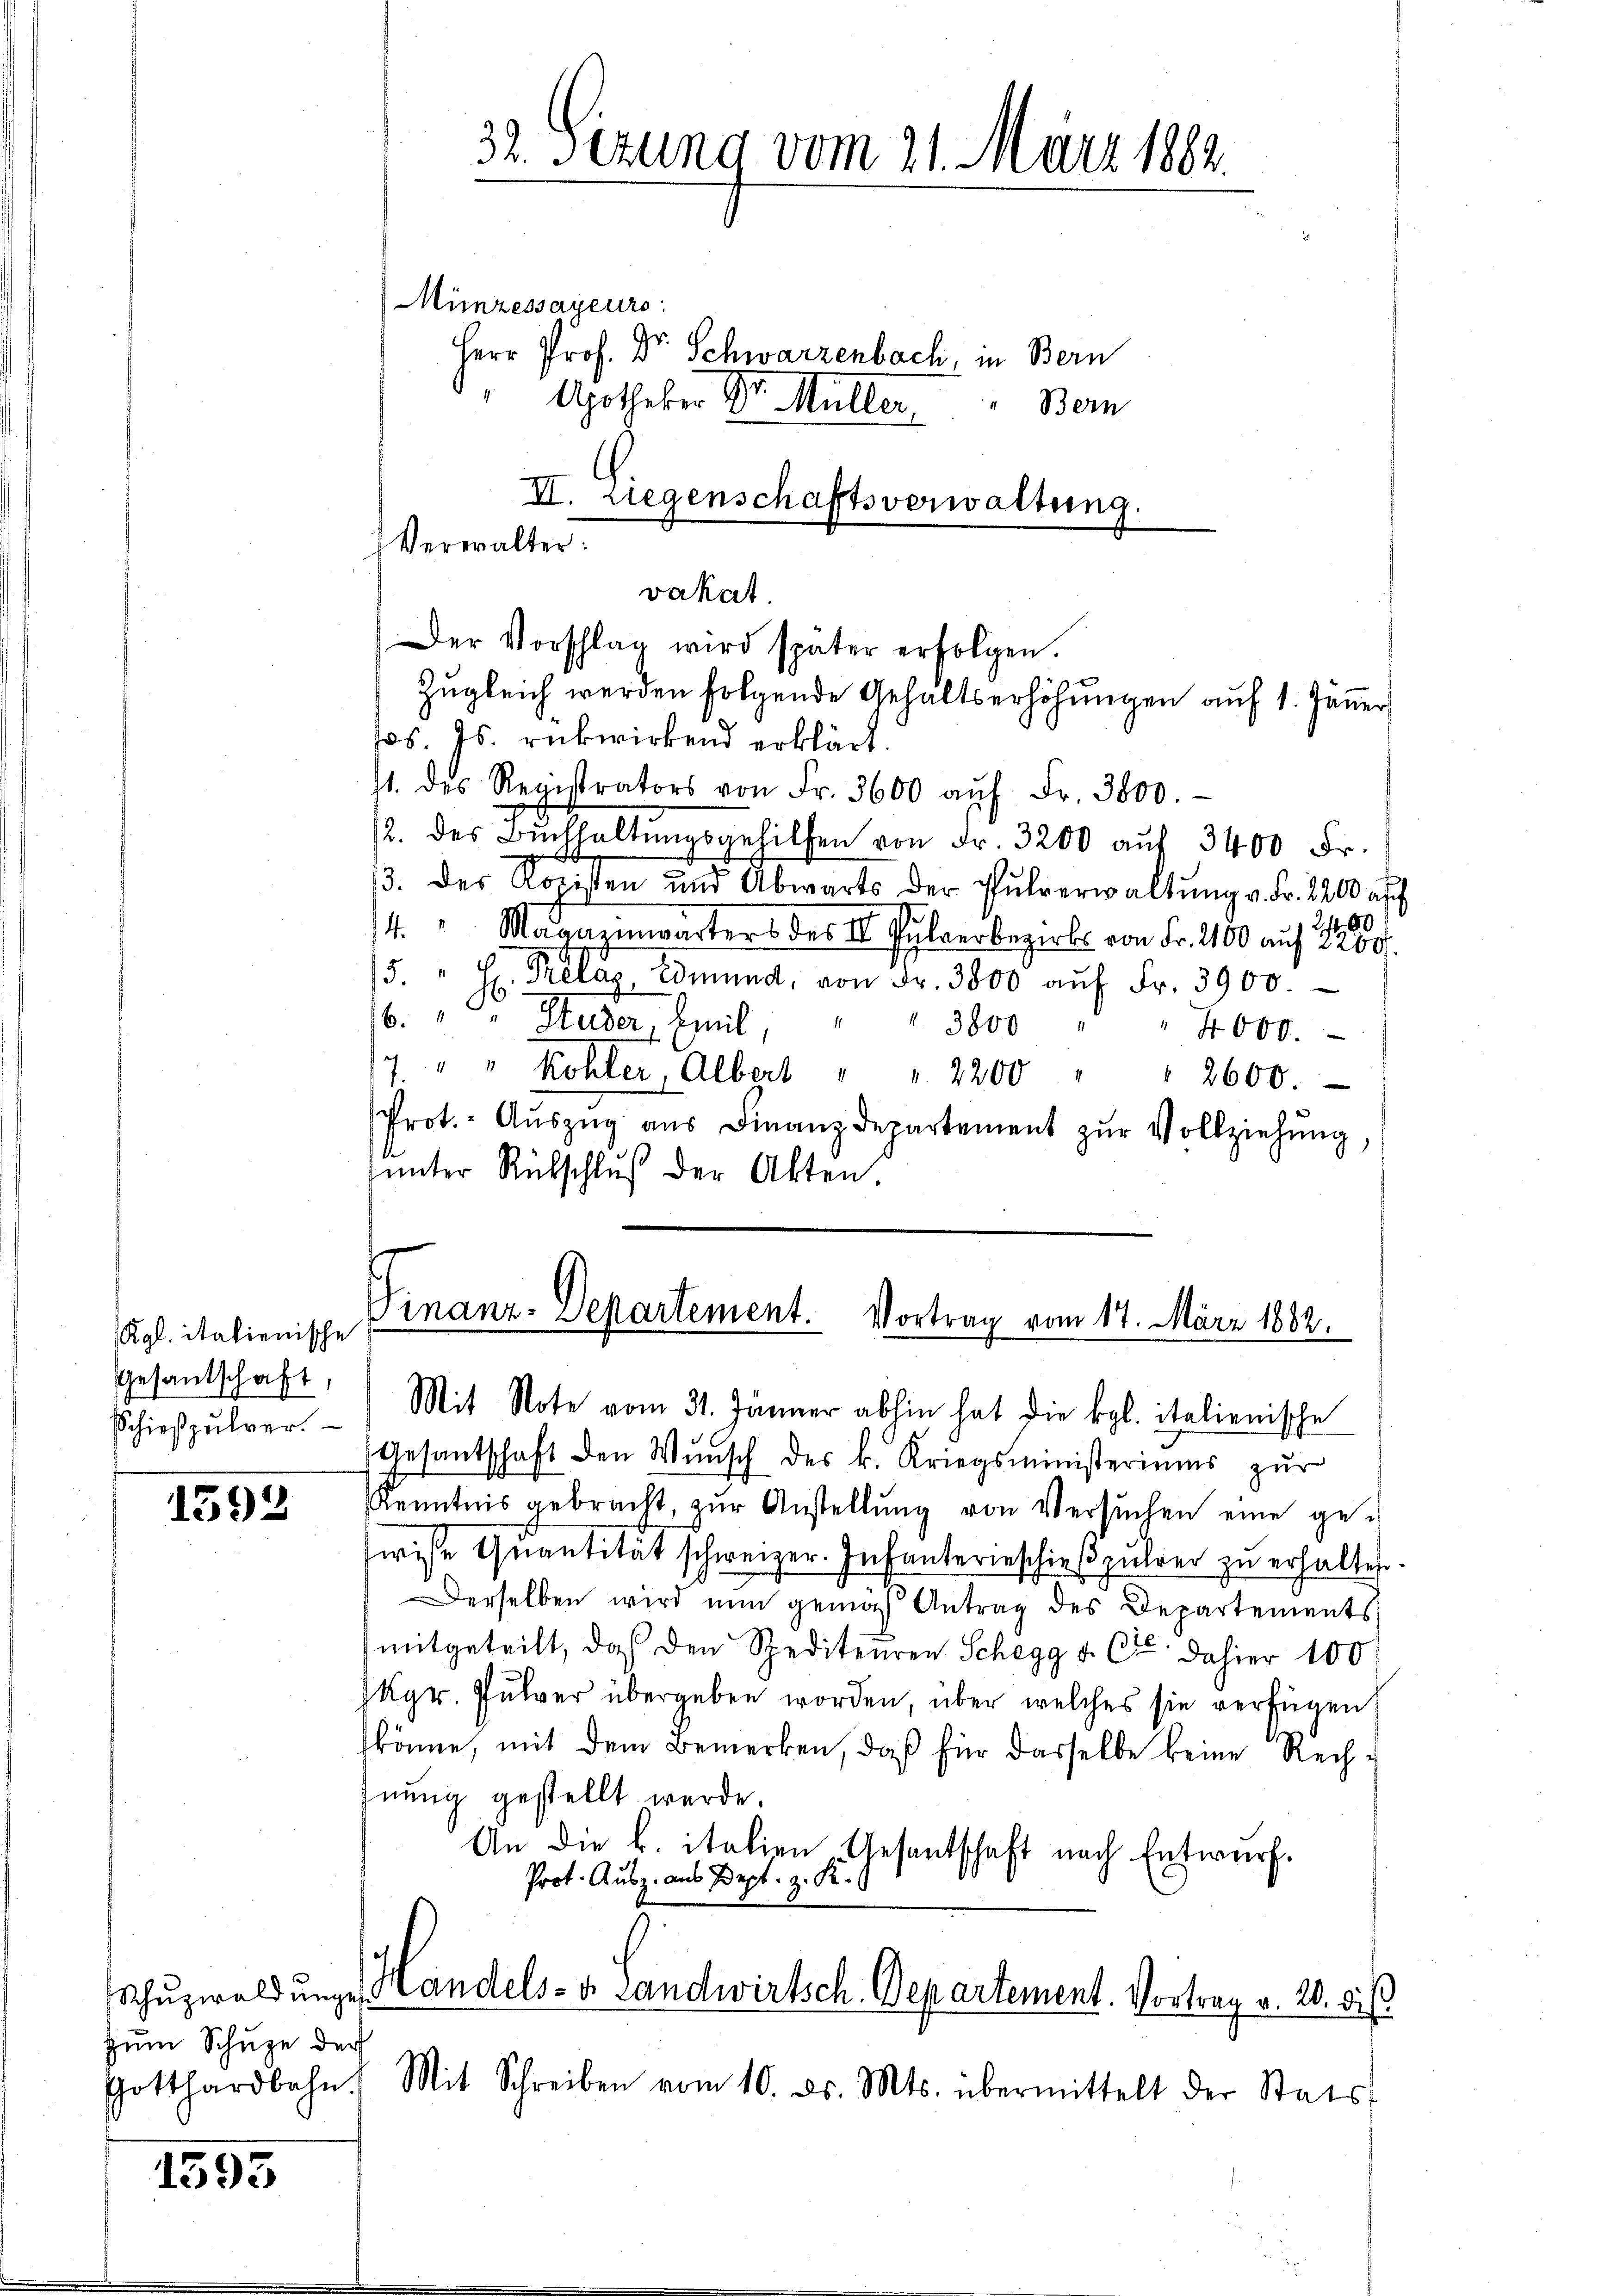
Kgl. italienische
Gesantschaft
Schießpulver.

1592

zum Schuze der

1595

Verwalter:
vakat.

Minzessayeurs:
Herr Prof. Dr. Schwarzenbach, in Bern
Apotheker Dr. Müller. Bern
III. Liegenschaftsverwaltung.

Der Vorschlag wird später erfolgen.
Jos. Js. rückwirkend erklärt.
1. des Registrators von Fr. 3600 aŭf Fr. 3800.
2. des Bŭchhaltŭngsgehilfen von Fr. 3200 aŭf 3400 Fr.
3. des Rozisten und Abwarts der Pulverwaltŭng v. Fr. 2200 auf

4 " Magazinwärters des II. Pulverbezirks von Fr. 2100 auf 2200.
5. " H. Prelaz, Edmund, von Fr. 3800 aŭf Fr. 3900.
16. " " Studer, Emil " " 3800 "
4000.
7. " " Köhler, Albert " " 2200 " " 2600.
Prot.- Aŭszŭg aŭs Finanzdepartement zŭr Vollziehung,
unter Rückschluß der Akten

Finanz-Departement. Vortrag vom 17. März 1882.

Mit Note vom 31. Jänner abhin hat die Kgl. italienische
Gesantschaft den Wŭnsch des k. Kriegsministeriums zŭr
Kenntnis gebracht, zŭr Anstellŭng von Versŭchen eine ge-
wisse Quantität schweizer. Infanterieschießpulrei zu erhalten.
Derselben wird nun gemas Antrag des Departements
mitgeteilt, daß den Spediteuren Schegg u. Cie dahier 100.
Kgr. Pulver übergeben worden, über welches sie verfügen
könne, mit dem Bemerken, daß für dasselbe keine Rech-
fnung gestellt werde.
An die B. italien-Gesentschaft nach Entwurf.
Prot. Ausz. aus Sept. z. R.
Schŭzwaldunge Handels- v. Landwirtsch. Departement. Vortrag v. 20. dis
Gotthardbahn. Mit Schreiben vom 10. ds. Mts. übermittelt der Stats-

32. Sezung vom 21. März 1882.

Zugleich werden folgende Gehaltserhöhungen auf 1. Jänner